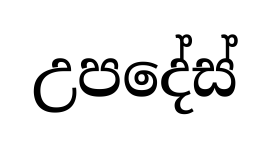
උපදේස්